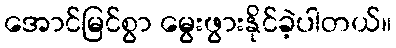
အောင်မြင်စွာ မွေးဖွားနိုင်ခဲ့ပါတယ်။